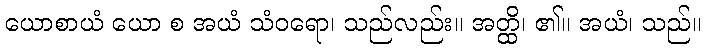
ယောစာယံ ယော စ အယံ သံဝရော၊ သည်လည်း။ အတ္ထိ၊ ၏။ အယံ၊ သည်။